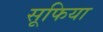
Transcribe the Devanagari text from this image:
सूफिया